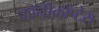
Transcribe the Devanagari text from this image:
फॉनीकॉप्टेरा